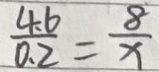
\frac { 4 . 6 } { 0 . 2 } = \frac { 8 } { x }